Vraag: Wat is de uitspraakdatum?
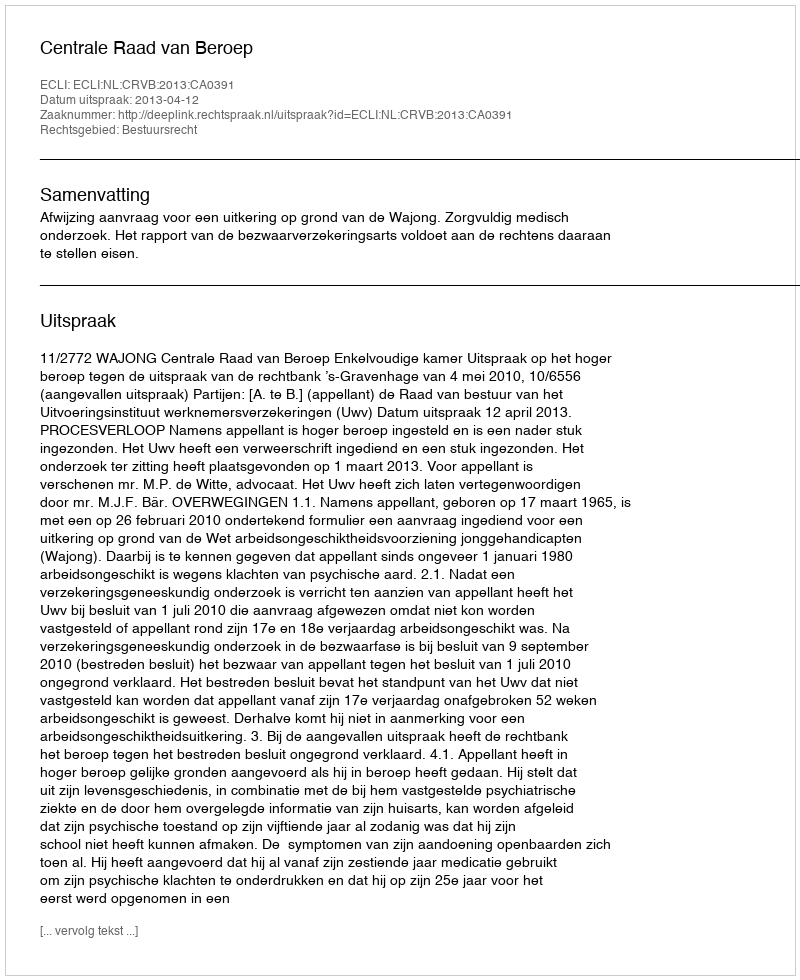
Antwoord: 2013-04-12